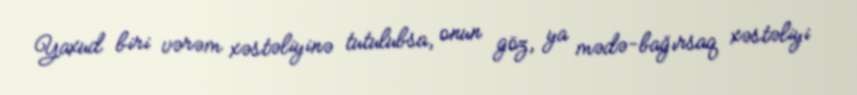
Yaxud biri vərəm xəstəliyinə tutulubsa, onun göz, ya mədə-bağırsaq xəstəliyi